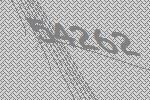
54262